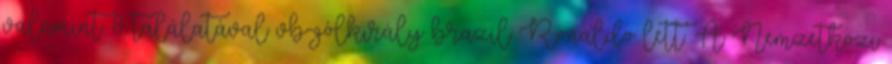
valamint 8 találatával vb-gólkirály brazil Ronaldo lett. A Nemzetközi